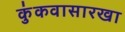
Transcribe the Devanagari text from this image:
कुंकवासारखा